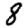
Digit: 8